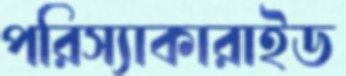
পরিস্যাকারাইড